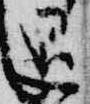
退